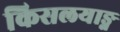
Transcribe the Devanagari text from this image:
किसलयाङ्ग